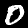
Digit: 0